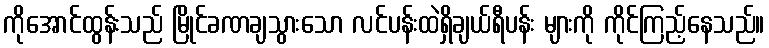
ကိုအောင်ထွန်းသည် မြိုင်ခဏချသွားသော လင်ပန်းထဲရှိချယ်ရီပန်း များကို ကိုင်ကြည့်နေသည်။